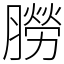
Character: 朥